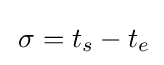
\,\sigma =t_{s}-t_{e}